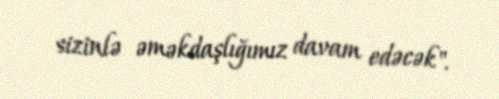
sizinlə əməkdaşlığımız davam edəcək".